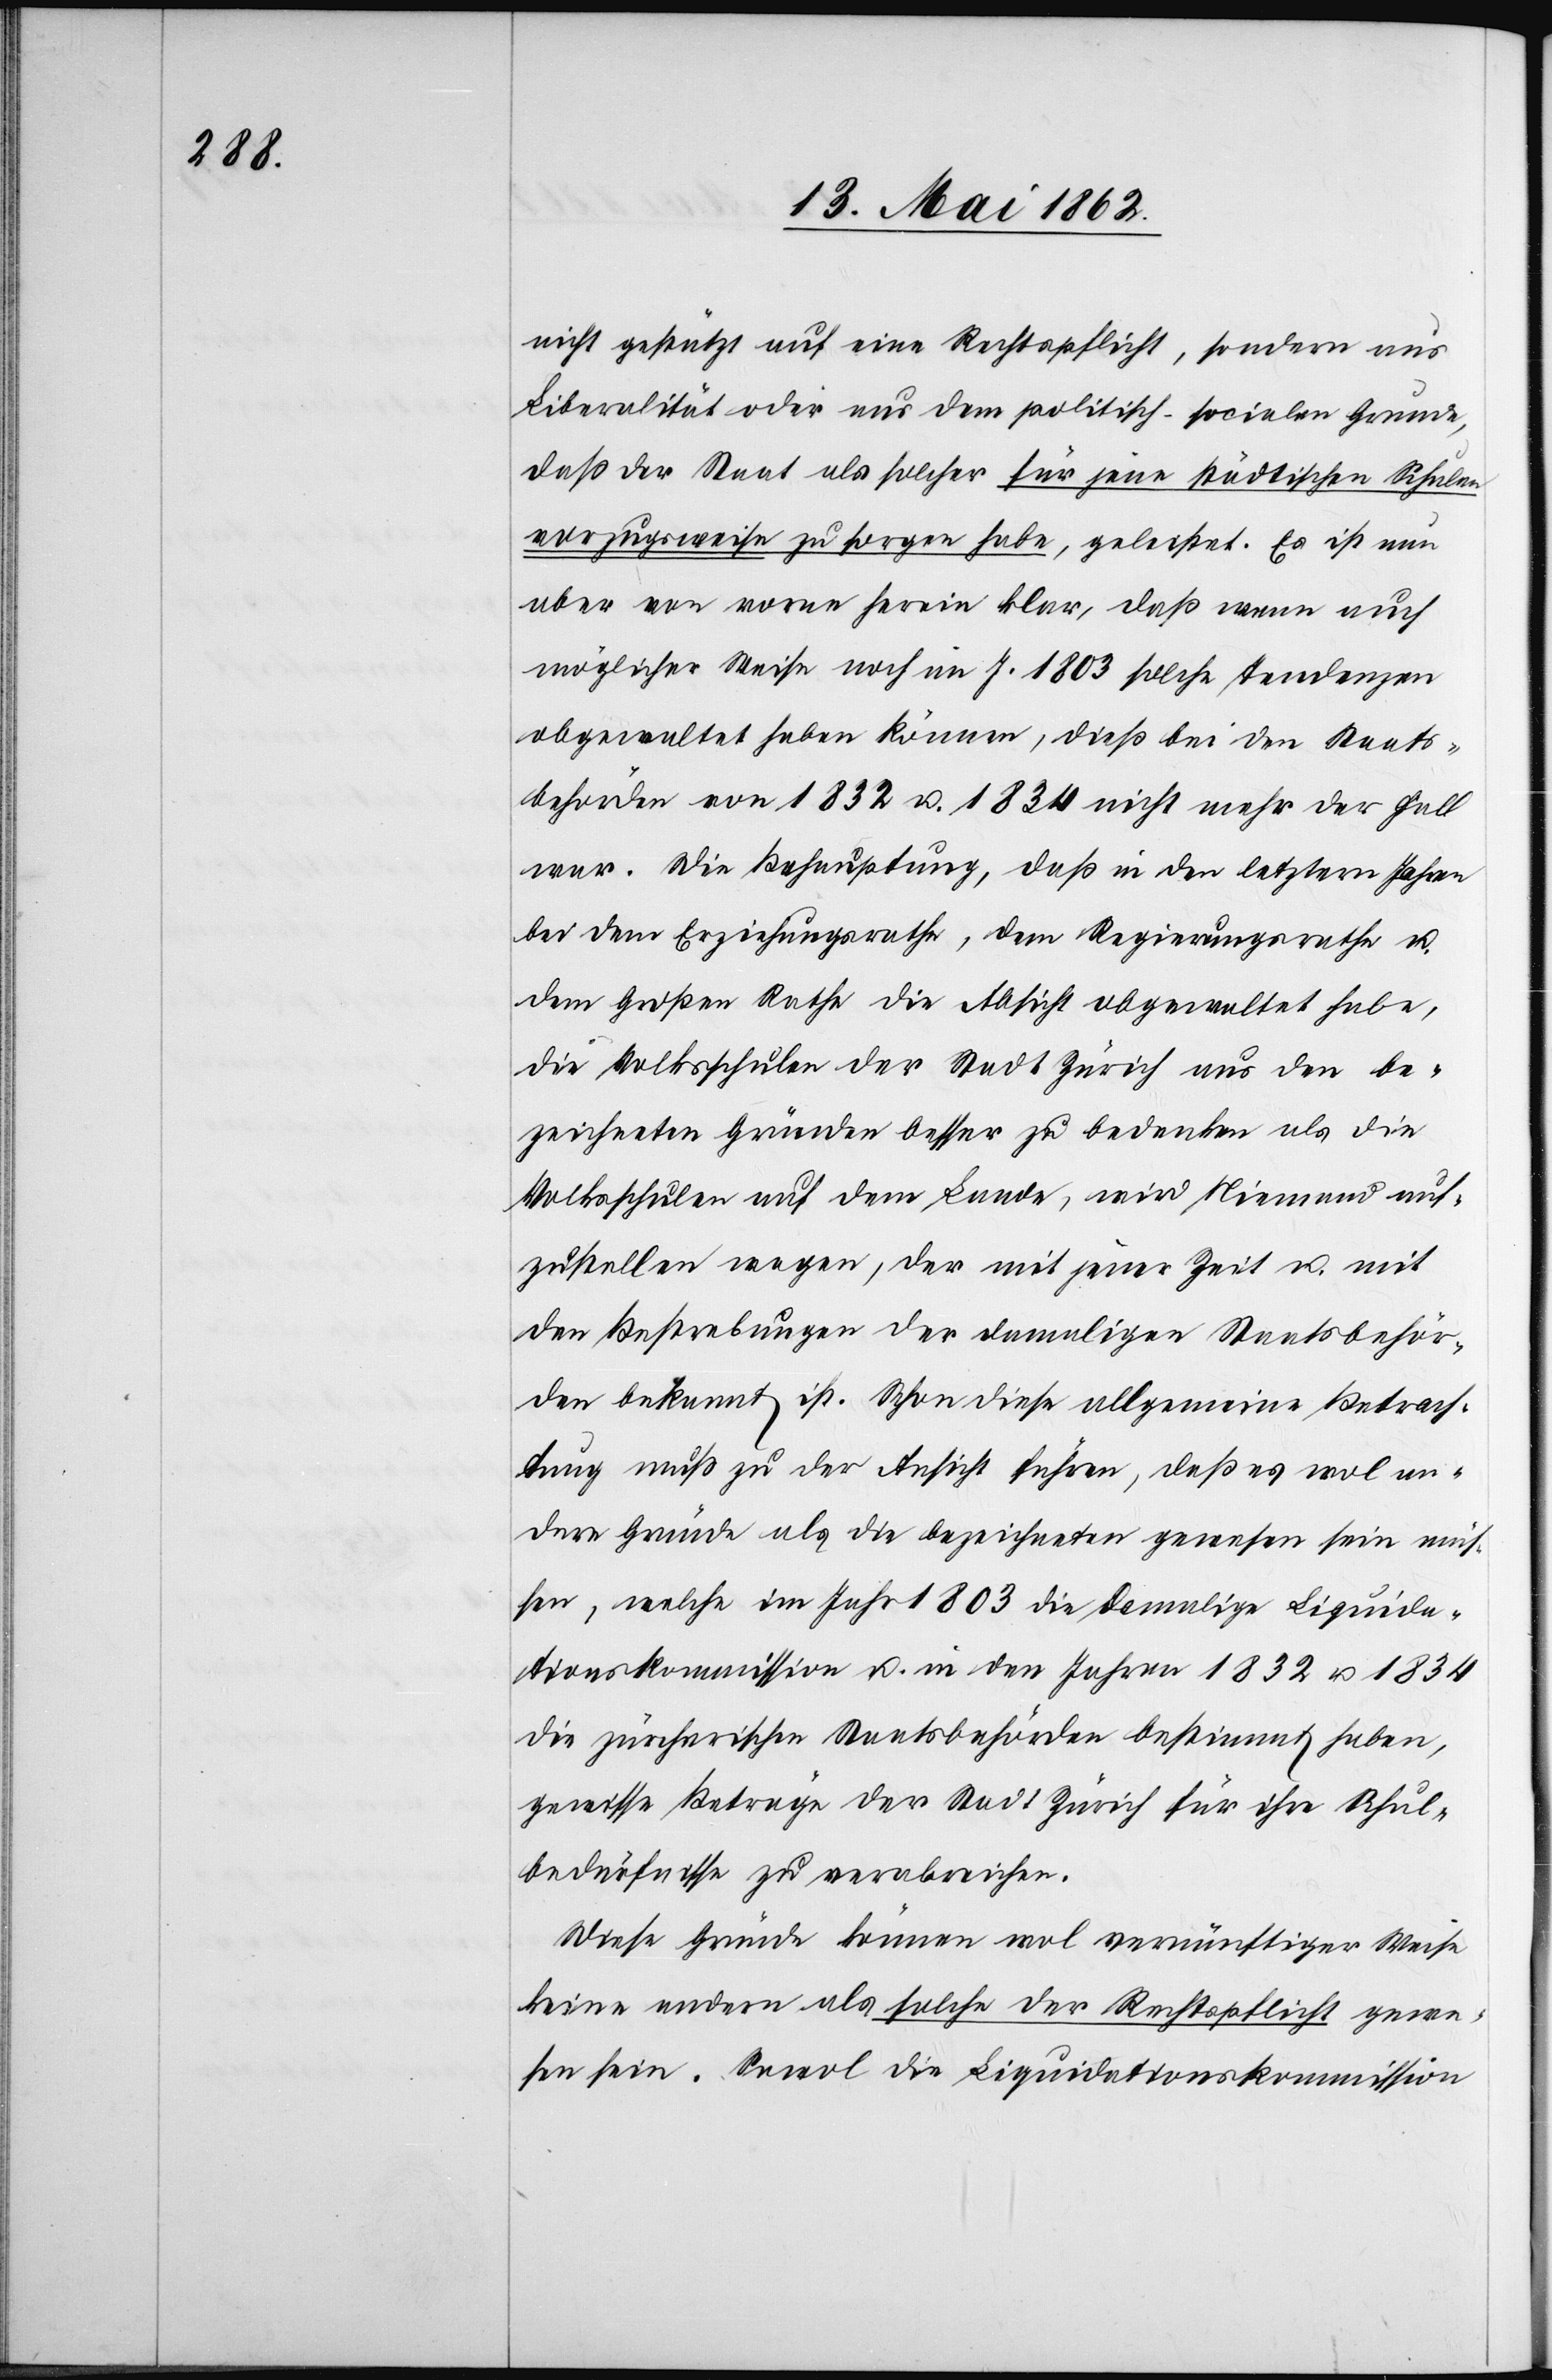
nicht gestützt auf eine Rechtspflicht, sondern aus
Liberalität oder nur dem politisch-socialen Grunde,
daß der Staat als solcher für jene städtischen Schulen
vorzugsweise zu sorgen habe, geleistet. Es ist nun
aber von vorne herein klar, daß wenn auch
möglicher Weise noch im J. 1803 solche Tendenzen
obgewaltet haben können, dieß bei den Staats¬
behörden von 1832 u. 1834 nicht mehr der Fall
war. Die Behauptung, daß in den letztern Jahren
bei dem Erziehungsrathe, dem Regierungsrathe u.
dem Großen Rathe die Absicht obgewaltet habe,
die Volksschulen der Stadt Zürich aus den be¬
zeichneten Gründen besser zu bedenken als die
Volksschulen auf dem Lande, wird Niemand auf¬
zustellen wagen, der mit jener Zeit u. mit
den Bestrebungen der damaligen Staatsbehör¬
den bekannt ist. Schon diese allgemeine Betrach¬
tung muß zu der Ansicht führen, daß es wol an¬
dere Gründe als die bezeichneten gewesen sein müs¬
sen, welche im Jahr 1803 die damalige Liquida¬
tionskommission u. in den Jahren 1832 u. 1834
die zürcherischen Staatsbehörden bestimmt haben,
gewisse Beträge der Stadt Zürich für ihre Schul¬
bedürfnisse zu verabreichen.
Diese Gründe können wol vernünftiger Weise
keine andern als solche der Rechtspflicht gewe¬
sen sein. Sowol die Liquidationskommission